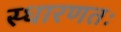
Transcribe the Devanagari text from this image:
स्धारणतः